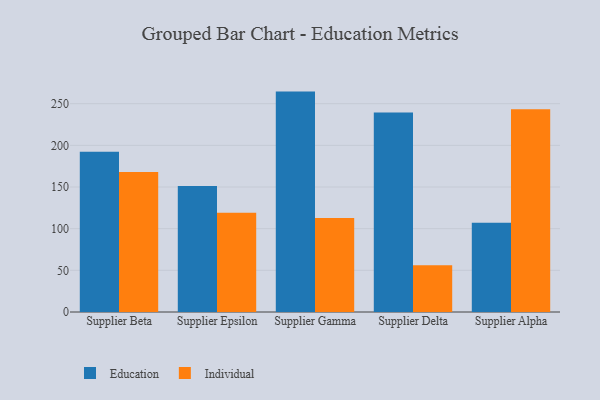
{"axis": {"x": "Supplier", "y": "Temperature (°C)"}, "legend": ["Education", "Individual"], "data": [{"x": "Supplier Beta", "y": 192.3, "type": "Education"}, {"x": "Supplier Beta", "y": 168.1, "type": "Individual"}, {"x": "Supplier Epsilon", "y": 151.1, "type": "Education"}, {"x": "Supplier Epsilon", "y": 119.0, "type": "Individual"}, {"x": "Supplier Gamma", "y": 264.5, "type": "Education"}, {"x": "Supplier Gamma", "y": 112.9, "type": "Individual"}, {"x": "Supplier Delta", "y": 239.3, "type": "Education"}, {"x": "Supplier Delta", "y": 56.1, "type": "Individual"}, {"x": "Supplier Alpha", "y": 107.1, "type": "Education"}, {"x": "Supplier Alpha", "y": 243.4, "type": "Individual"}]}